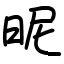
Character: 昵